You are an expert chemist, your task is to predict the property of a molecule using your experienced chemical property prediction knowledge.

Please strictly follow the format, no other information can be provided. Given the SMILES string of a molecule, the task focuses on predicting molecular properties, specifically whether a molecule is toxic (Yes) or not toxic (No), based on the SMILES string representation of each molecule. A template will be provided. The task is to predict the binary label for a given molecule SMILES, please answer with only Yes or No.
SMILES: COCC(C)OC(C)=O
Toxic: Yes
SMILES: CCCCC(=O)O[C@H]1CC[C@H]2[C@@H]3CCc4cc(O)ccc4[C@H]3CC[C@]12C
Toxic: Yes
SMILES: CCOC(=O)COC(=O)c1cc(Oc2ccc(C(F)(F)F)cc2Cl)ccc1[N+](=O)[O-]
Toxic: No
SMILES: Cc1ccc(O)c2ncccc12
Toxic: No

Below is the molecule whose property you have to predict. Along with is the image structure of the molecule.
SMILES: CO[C@H]1[C@@H](O)[C@H](N)[C@@H](O[C@H]2O[C@H]([C@H](C)N)CC[C@H]2N)[C@H](O)[C@@H]1N(C)C(=O)CN
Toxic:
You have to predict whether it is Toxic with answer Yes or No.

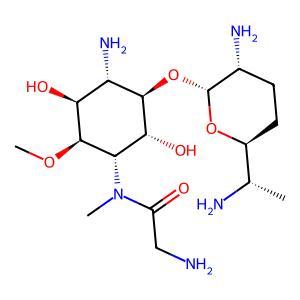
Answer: No